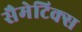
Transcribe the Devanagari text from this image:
सैमेटिक्स